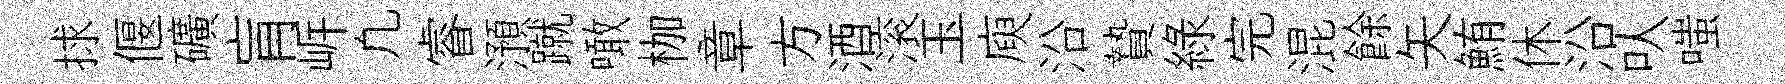
捄偃礦肓㟁凢睿澦蹴噉枷章方酒滚玉庾沿贄緑完混餘矢鮪休沿㕥嗤